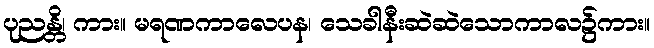
ပုညန္တိ၊ ကား။ မရဏကာလေပန၊ သေခါနီးဆဲဆဲသောကာလ၌ကား။